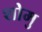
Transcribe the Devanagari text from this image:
शोमु